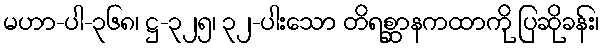
မဟာ-ပါ-၃၆၈၊ ဋ္ဌ-၃၂၅၊ ၃၂-ပါးသော တိရစ္ဆာနကထာကို ပြဆိုခန်း၊